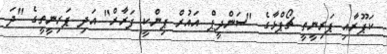
ކަޕޫރާއި ޕަރިނީތީ ޗޯޕްޅާގެ "ސަންދީޕް އައުރް ޕިންކީ ފަރާރް" އަދި ޕަރިނީތީގެ "ދަ